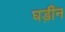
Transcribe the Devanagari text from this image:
घड़ीन